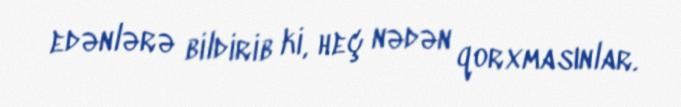
edənlərə bildirib ki, heç nədən qorxmasınlar.